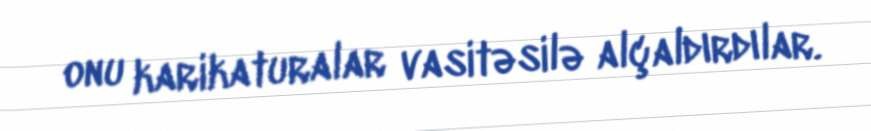
onu karikaturalar vasitəsilə alçaldırdılar.